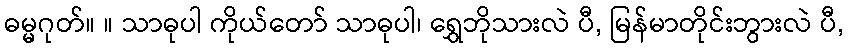
ဓမ္မဂုတ်။ ။ သာဓုပါ ကိုယ်တော် သာဓုပါ၊ ရွှေဘိုသားလဲ ပီ, မြန်မာတိုင်းဘွားလဲ ပီ,